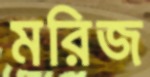
মরিজ